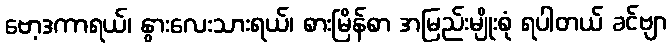
ဗော့ဒကာရယ်၊ နွားလေးသားရယ်၊ စားမြိန်စာ အမြည်းမျိုးစုံ ရပါတယ် ခင်ဗျာ